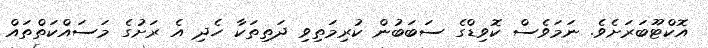
އޮކްޓޫބަރަށެވެ. ނަމަވެސް ކޮވިޑްގެ ސަބަބުން ކުރިމަތިވި ދަތިތަކާ ހެދި އެ ރަށުގެ މަސައްކަތްތައް